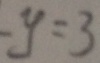
- y = 3